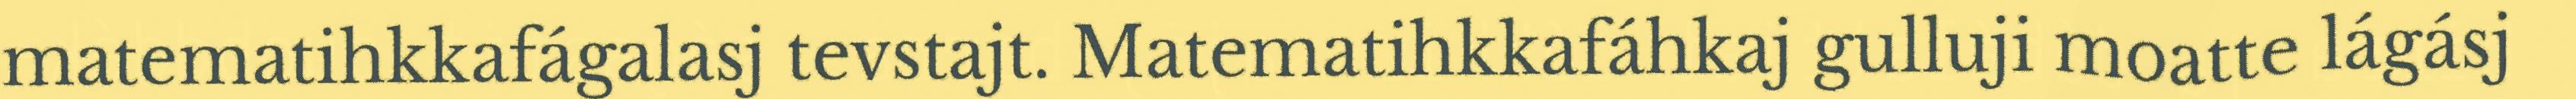
matematihkkafágalasj tevstajt. Matematihkkafáhkaj gulluji moatte lágásj